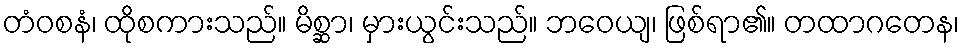
တံဝစနံ၊ ထိုစကားသည်။ မိစ္ဆာ၊ မှားယွင်းသည်။ ဘဝေယျ၊ ဖြစ်ရာ၏။ တထာဂတေန၊